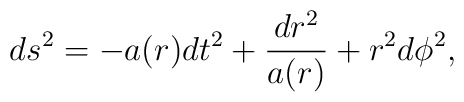
ds^2=-a(r)dt^2+\frac{dr^2}{a(r)}+r^2 d\phi^2,